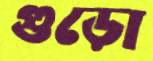
গুড়ো